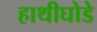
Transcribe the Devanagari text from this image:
हाथीघोडे